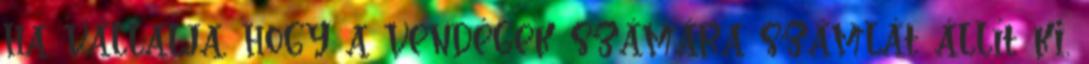
ha vállalja, hogy a vendégek számára számlát állít ki.